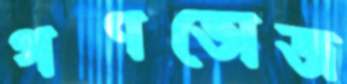
গণভোজ